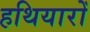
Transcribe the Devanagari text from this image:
हथियारोँ